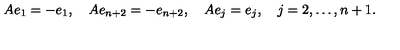
A e _ { 1 } = - e _ { 1 } , \quad A e _ { n + 2 } = - e _ { n + 2 } , \quad A e _ { j } = e _ { j } , \quad j = 2 , \ldots , n + 1 .